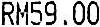
RM59.00